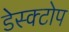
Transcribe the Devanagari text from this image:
डेस्क्टोप